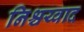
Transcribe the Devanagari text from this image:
निश्चय्वाद